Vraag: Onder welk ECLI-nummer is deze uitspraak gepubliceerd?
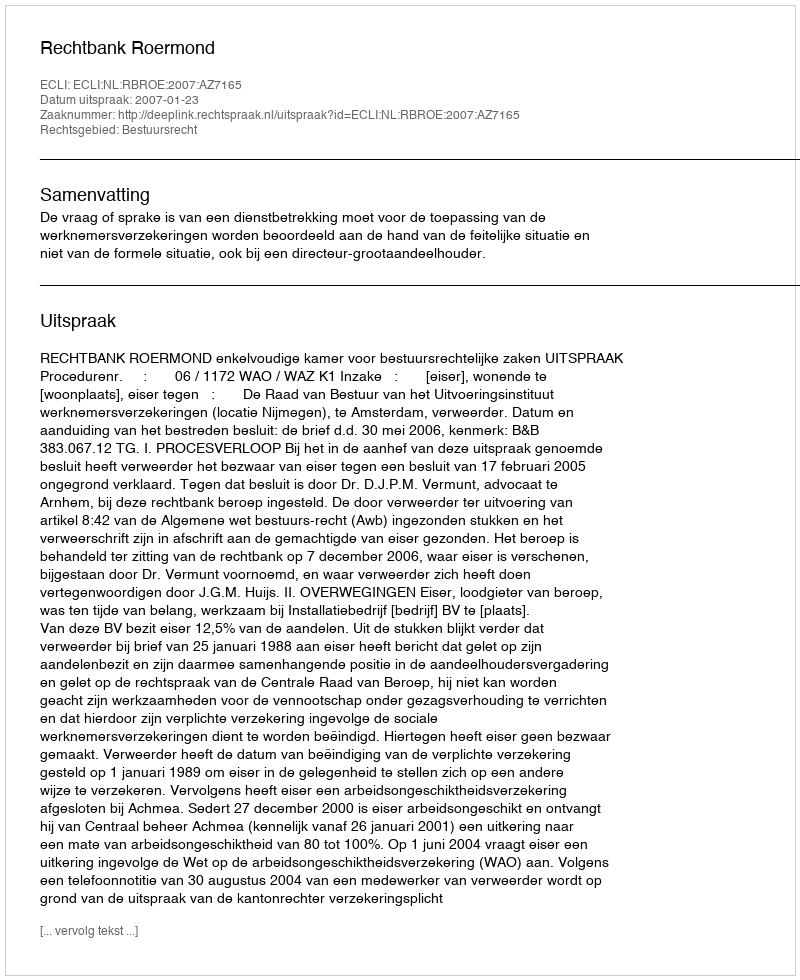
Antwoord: ECLI:NL:RBROE:2007:AZ7165